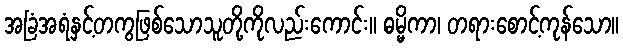
အခြံအရံနှင့်တကွဖြစ်သောသူတို့ကိုလည်းကောင်း။ ဓမ္မိကာ၊ တရားစောင့်ကုန်သော။